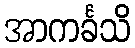
အာကင်္ခသိ